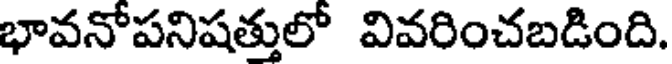
భావనోపనిషత్తులో వివరించబడింది.